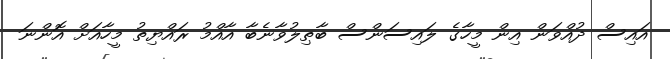
އައިސް ދުއްވަން އިން މީހާގެ ލައިސަންސް ބާޠިލުވާނެބާ އާއްމު ރައްޔިތު މީހާއަށް އޮންނަ